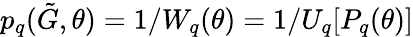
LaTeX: p_{q}(\tilde{G},\theta)=1/W_{q}(\theta)=1/U_{q}[P_{q}(\theta)]